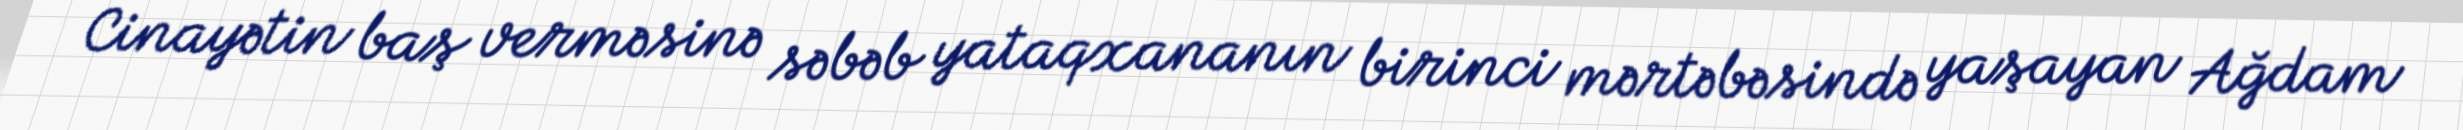
Cinayətin baş verməsinə səbəb yataqxananın birinci mərtəbəsində yaşayan Ağdam